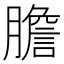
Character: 膽